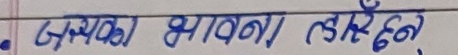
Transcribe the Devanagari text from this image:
जन्मदिनको भावना रहेको